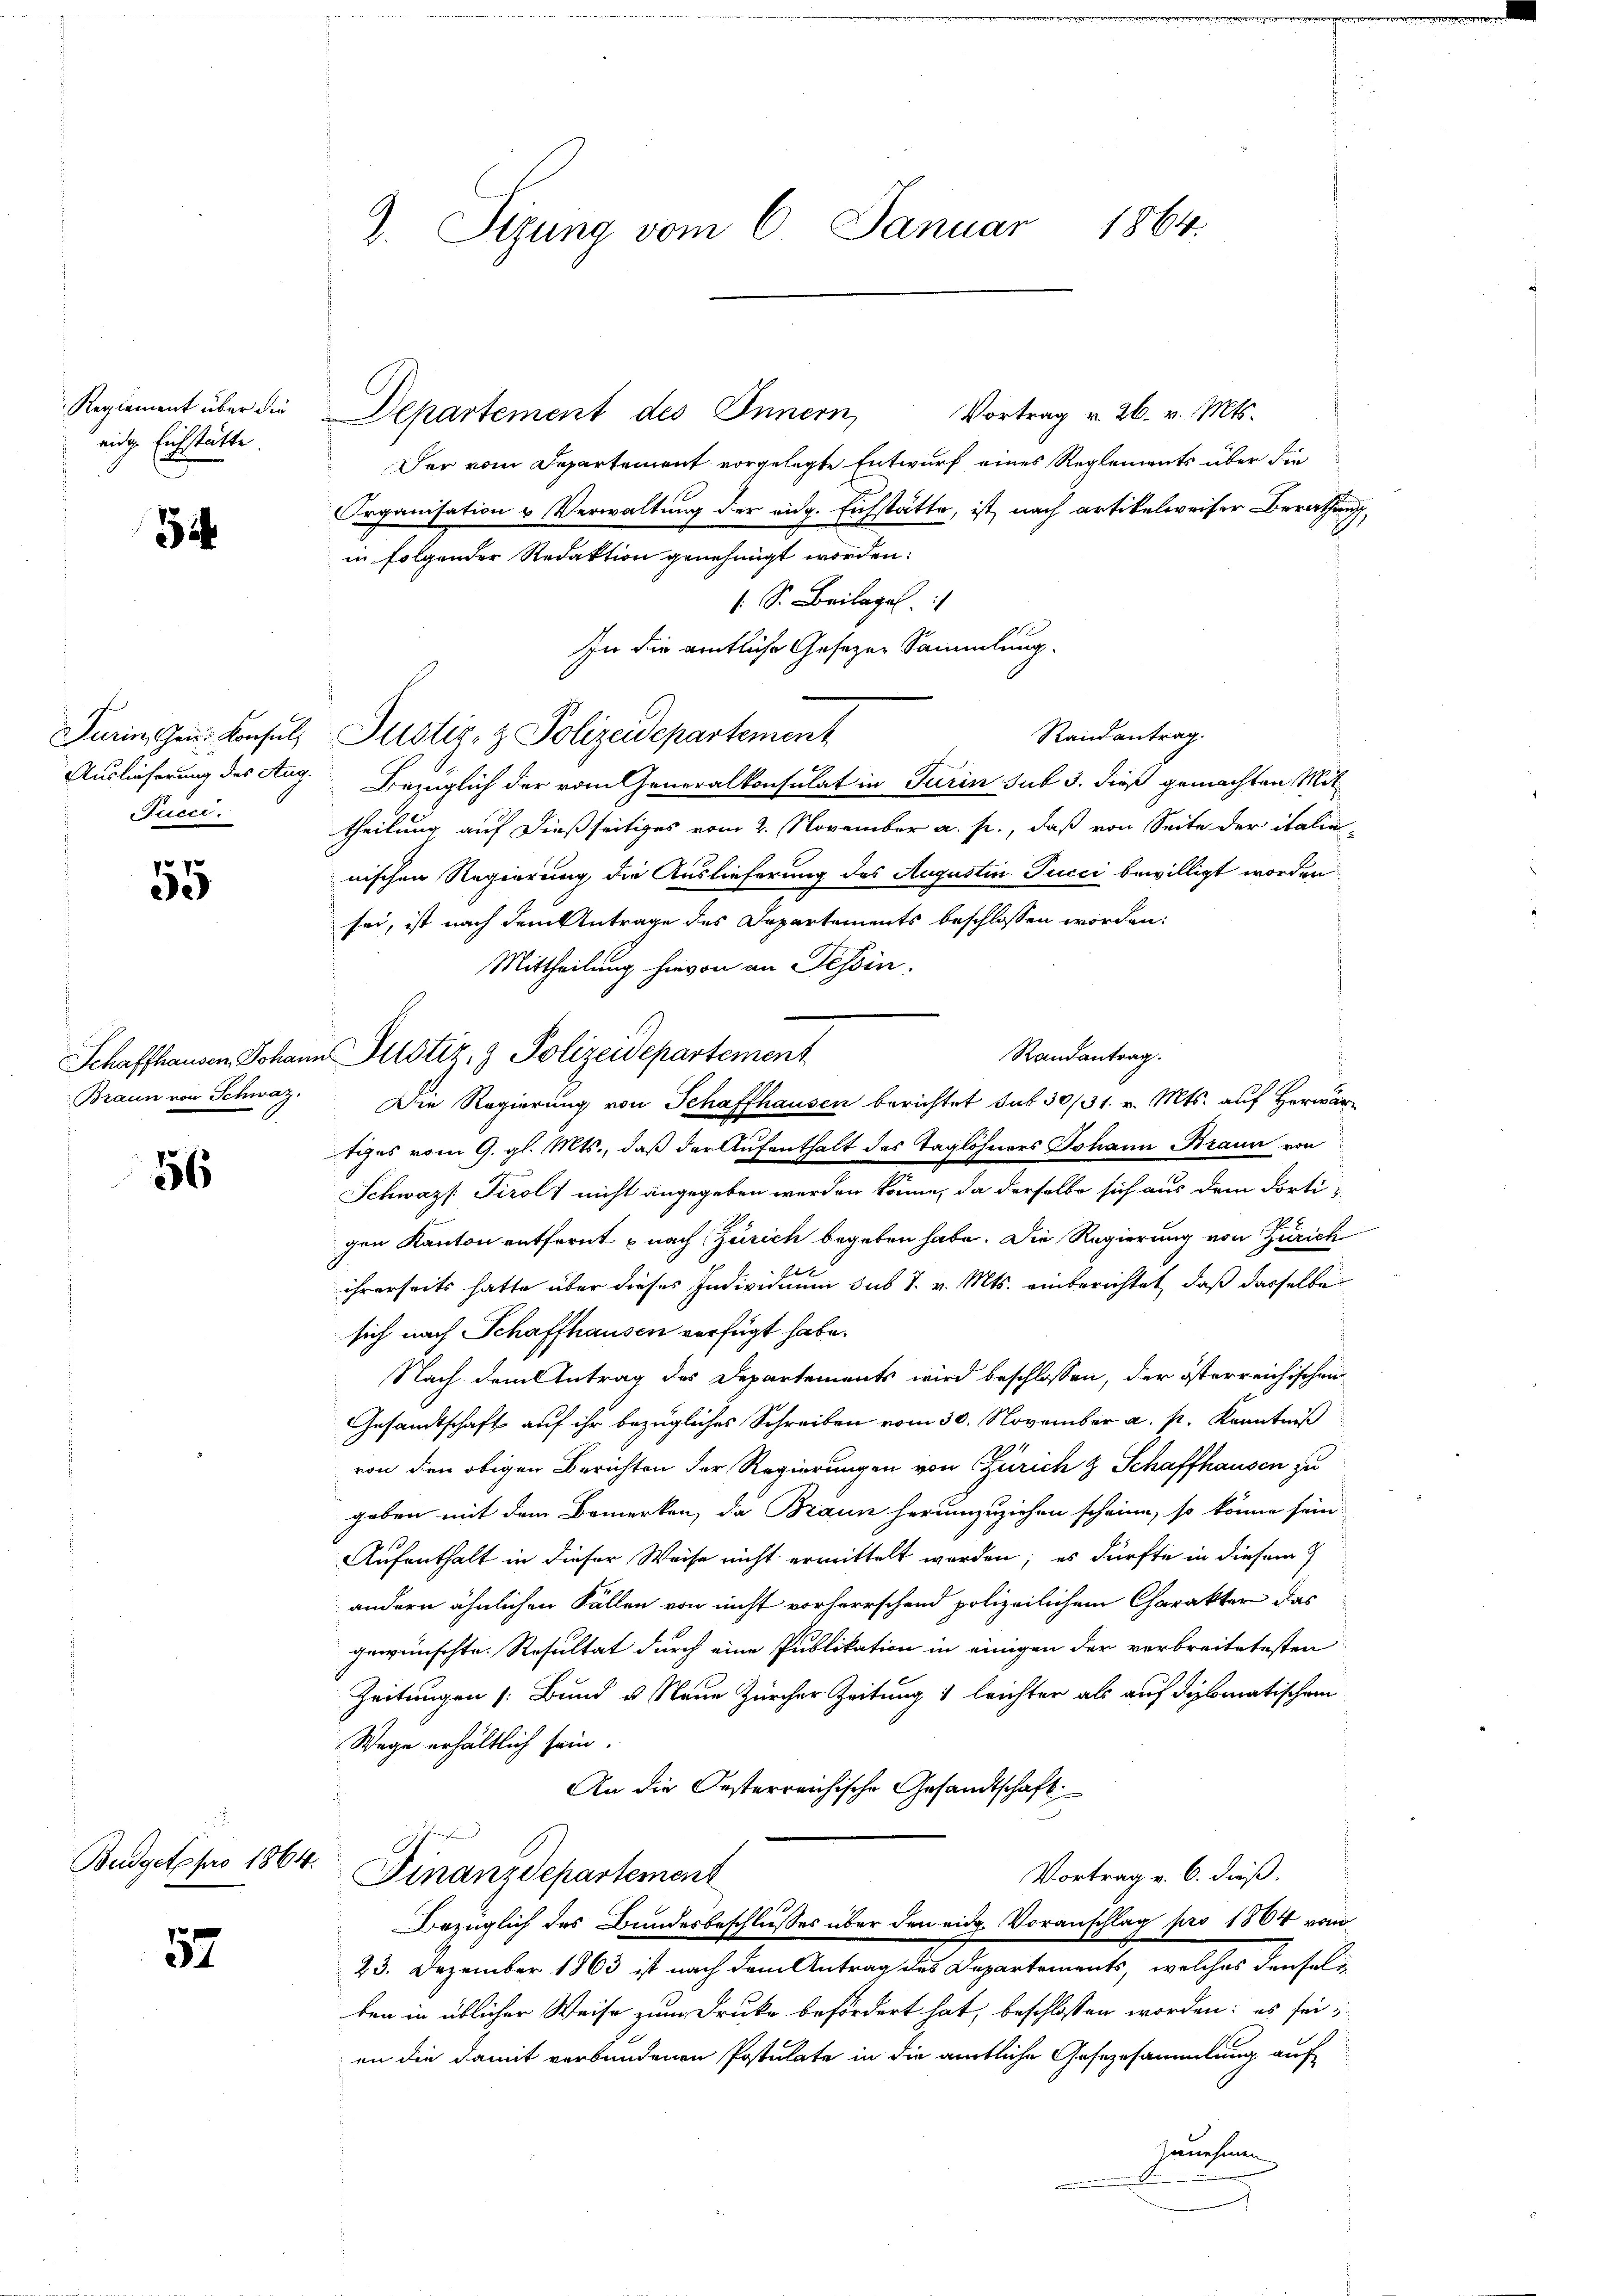
Reglement über die
eidige Eichstätte.

34

ucci.

55

s

56

Budget pro 1864.

52

2. Sigung vom 6. Januar 1864.

Vortrag v. 26. v. Mts.
Departement des Innern,
Der vom Departement vorgelegte Entwurf eines Reglements über die
Organisation u Verwaltung der eidg. Eichstätte, ist nach artikelweiser Berathung
in folgender Redaktion genehmigt worden:
 S. Beilagen.
In die amtliche Gesezen Sammlung.
Randantrag.
Turin, Gen. Konsuls Justiz- & Polizeidepartement
Auslieferung des Aug. Bezüglich der vom Generalkonsulat in Turin sub 3. dieß gemachten Mit
theilung auf dießseitiges vom 2. November a. p., daß von Seite der italin-
nischen Regierung die Auslieferung des Augustin Tucci bewilligt worden
sei, ist nach dem Antrage des Departements beschlossen worden:
Mittheilung hievon an Tessin.
Randantrag.
Braun von Schweiz. Die Regierung von Schaffhausen berichtet sub 30/31. v. Mts. auf Herwar-
tiges vom 9. gl. Mts., daß der Aufenthalt des Taglöhners Johann Braun von
Schweiz Tirol nicht angegeben werden könne, da derselbe sich aus dem Fortigen Kanton entfernt & nach Zürich begeben habe. Die Regierung von Zürich

ihrerseits hatte über dieses Individuum sub 1. v. Mts. einberichtet, daß dasselbe
sich nach Schaffhausen verfügt habe.
Nach dem Antrag des Departements wird beschlossen, der österreichischen
Gesandtschaft auf ihr bezügliches Schreiben vom 30. November a. p. Kenntniß
von den obigen Berichten der Regierungen von Zürich & Schaffhausen zu
geben mit dem Bemerken, da Braun herumzuziehen scheine, so könne sein
Aufenthalt in dieser Weise nicht ermittelt werden; es dürfte in diesem
andern ähnlichen Fällen von nicht vorherrschend polizeilichem Charakter das
gewünschte. Resultat durch eine Publikation in einigen der verbreitetesten
Zeitungen (Bund u. Neue Zürcher Zeitung & leichter als auf diplomatischem
Wege erhältlich sein.
An die Oesterreichische Gesandtschaft
Vortrag v. 6. dieß.
Finanzdepartement
Bezüglich des Bundesbeschlusses über den eidg. Voranschlag pro 1864 vom
23. Dezember 1863 ist nach dem Antrag des Departements, welches den seliben in üblicher Weise zum Druke befördert hat, beschlossen worden: es sei,
en die damit verbundenen Postulate in die amtliche Gesezesammlung auf
Jauchen

Schaffhausen Johann Justiz- & Polizeidepartement